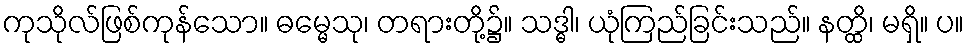
ကုသိုလ်ဖြစ်ကုန်သော။ ဓမ္မေသု၊ တရားတို့၌။ သဒ္ဓါ၊ ယုံကြည်ခြင်းသည်။ နတ္ထိ၊ မရှိ။ ပ။